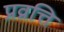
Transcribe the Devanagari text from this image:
प्रव्रत्ति